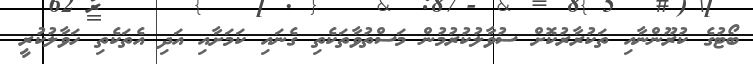
ބޯޓުގެ ކުރޫންނާއި ތަކުރާރުކޮށް ސުވާލުކުރުމުން މަސްތުވާތަކެތި ގެނައި ކަމަށާއި އަދި އެތަކެތި ހަވާލުކުރީ